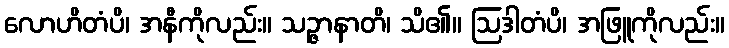
လောဟိတံပိ၊ အနီကိုလည်း။ သဉ္ဇာနာတိ၊ သိ၏။ ဩဒါတံပိ၊ အဖြူကိုလည်း။